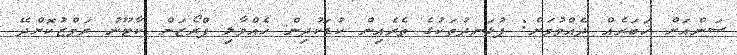
ސަންއަށް ޚަބަރެއް ދެއްވުމަށް: ފުޅަނދުތަކުގެ ތެރެއިން ކުޑަކުދިން ހެއްވާލި ފްރޯޒަން ކާޓޫނު ރަމްޒުކޮށްދޭ